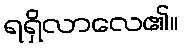
ရရှိလာလေ၏။